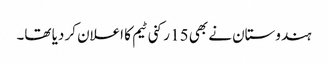
ہندوستان نے بھی 15 رکنی ٹیم کا اعلان کر دیا تھا۔